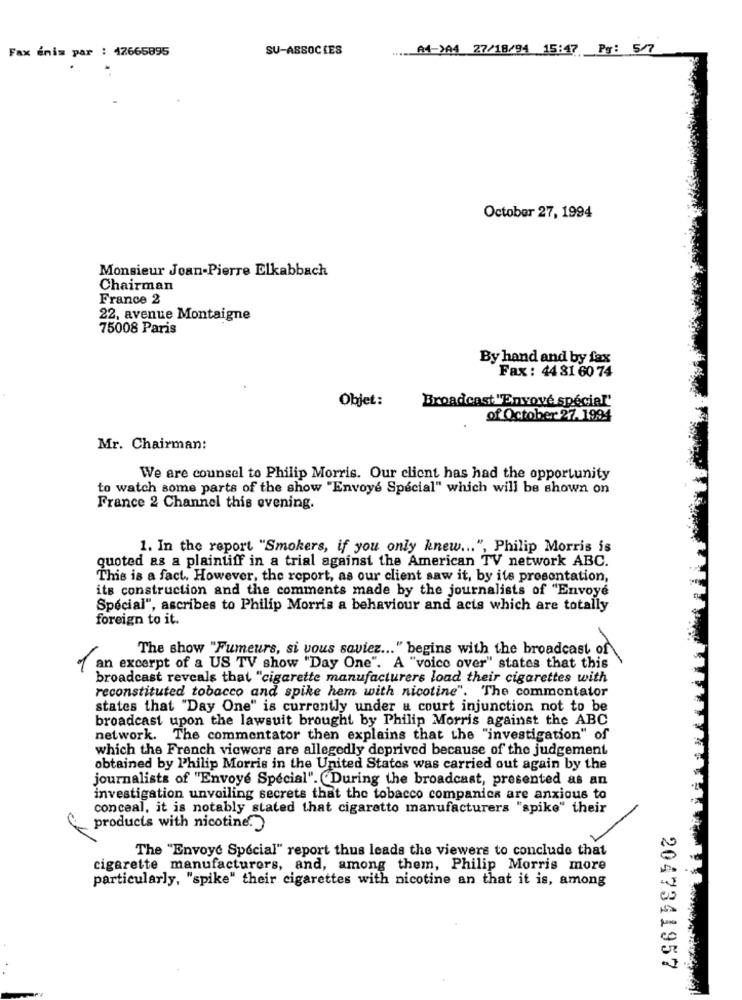
Fax énis par : 47665895
SU-ASSOCIES
A4-YA4 27/18/91 15,47 P9: 5/7
October 27, 1994
Monsieur Jean-Pierre Elkabbach
Chairman
France 2
22, avenue Montaigne
75008 Paris
By hand and by fax
Fax : 44 81 60 74
Objet:
Broadcast "Envoyé spécial'
of October 27.1994
Mr. Chairman:
We are counsel to Philip Morris. Our client has had the opportunity
to watch some parts of the show "Envoyé Special" which will be shown on
France 2 Channel this evening.
1. In the report "Smokers, if you only knew ... ", Philip Morris is
quoted as a plaintiff in a trial against the American TV network ABC.
This is a fact. However, the report, as our client saw it, by its presentation,
its construction and the comments made by the journalists of "Envoyé
Special", ascribes to Philip Morris a behaviour and acts which are totally
foreign to it.
The show "Fumeurs, si vous saviez ... " begins with the broadcast of
1
an excerpt of a US TV show "Day One". A "voice over" states that this
broadcast reveals that "cigarette manufacturers load their cigarettes with
reconstituted tobacco and spike hem with nicotine". The commentator
states that "Day One" is currently under a court injunction not to be
broadcast upon the lawsuit brought by Philip Morris against the ABC
network. The commentator then explains that the "investigation" of
which the French viewers are allegedly deprived because of the judgement
obtained by Philip Morris in the United States was carried out again by the
journalists of "Envoyé Special". (During the broadcast, presented as an
investigation unveiling secrets that the tobacco companies are anxious to
conceal, it is notably stated that cigaretto manufacturers "spike" their
products with nicotine.
The "Envoye Special" report thus leads the viewers to conclude that
cigarette manufacturers, and, among them, Philip Morris more
particularly, "spike" their cigarettes with nicotine an that it is, among
2047341957